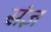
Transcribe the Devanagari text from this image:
संज्ञ